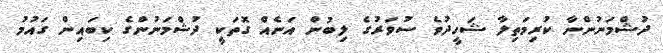
ދުޝްމަނުންނާ ކުރިމަތިލާ ޝަހީދުވެ ސުވަރުގެ ލިބުން އަނެއް ގޮތަކީ ދުޝްމަނުންގެ ކިބައިން ގައުމު